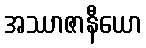
အဿာဇာနီယော